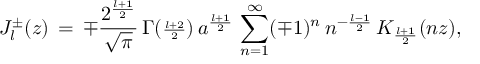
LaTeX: { \cal J } _ { l } ^ { \pm } ( z ) \, = \, \mp \frac { 2 ^ { \frac { l + 1 } { 2 } } } { \sqrt { \pi } } \, { \Gamma } ( { \scriptstyle \frac { l + 2 } { 2 } } ) \, a ^ { \frac { l + 1 } { 2 } } \, \sum _ { n = 1 } ^ { \infty } ( \mp 1 ) ^ { n } \, n ^ { - \frac { l - 1 } { 2 } } \, K _ { \frac { l + 1 } { 2 } } ( n z ) ,